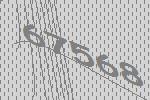
67568